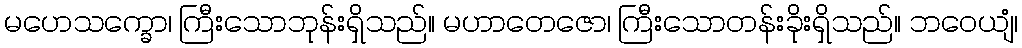
မဟေသက္ခော၊ ကြီးသောဘုန်းရှိသည်။ မဟာတေဇော၊ ကြီးသောတန်းခိုးရှိသည်။ ဘဝေယျံ၊